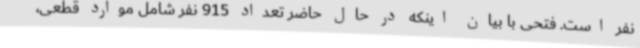
نفر است. فتحی با بیان اینکه در حال حاضر تعداد 915 نفر شامل موارد قطعی،